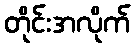
တိုင်းအလိုက်